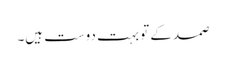
صمد کے تو بہت دوست ہیں۔